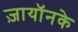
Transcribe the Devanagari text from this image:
ज़ायॉनके